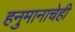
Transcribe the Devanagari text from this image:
हनुमानाचेही